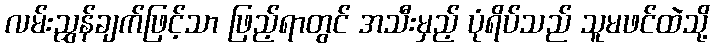
လမ်းညွှန်ချက်ဖြင့်သာ ဖြည့်ရာတွင် အသီးမှည့် ပုံရိပ်သည် သူမဖင်ထဲသို့